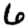
Digit: 6